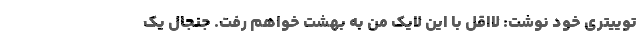
توییتری خود نوشت: لااقل با این لایک من به بهشت خواهم رفت. جنجال یک